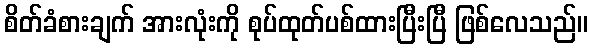
စိတ်ခံစားချက် အားလုံးကို စုပ်ထုတ်ပစ်ထားပြီးပြီ ဖြစ်လေသည်။